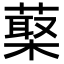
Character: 𦺵